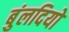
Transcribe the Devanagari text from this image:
बुंलदियो